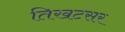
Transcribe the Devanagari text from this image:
तिखटसर